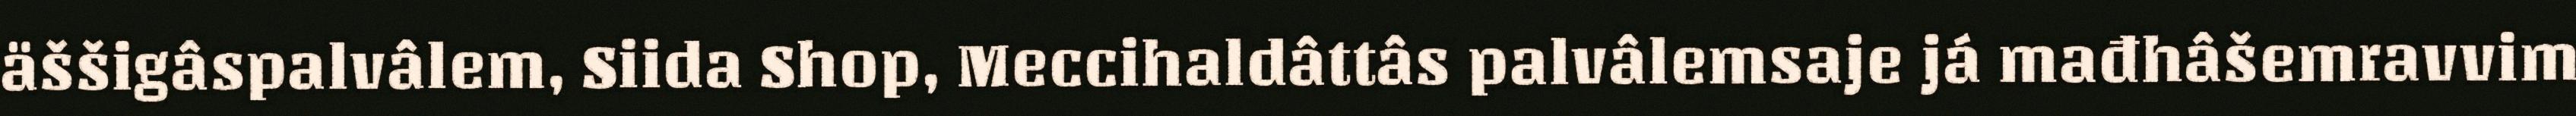
äššigâspalvâlem, Siida Shop, Meccihaldâttâs palvâlemsaje já mađhâšemravvim